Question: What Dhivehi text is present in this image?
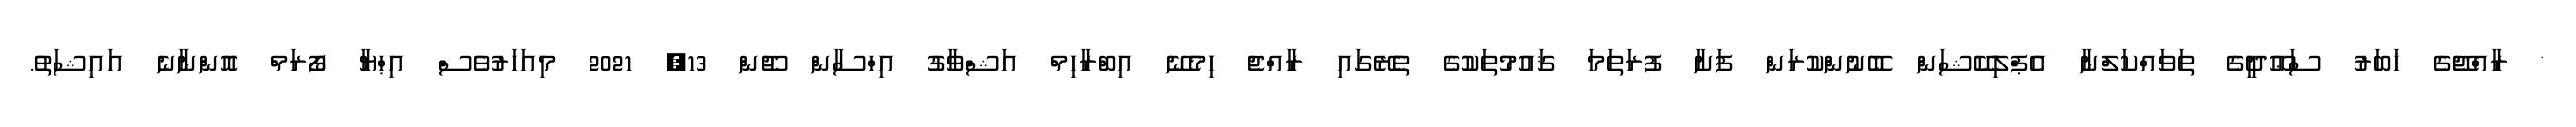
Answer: * ރާއްޖޭގެ ޚަބަރު ސަޢޫދީގެ ތަވައްކަލްނާ އެޕްލިކޭޝަން ބޭނުންކުރަން ފަށާ ފުރަތަމަ ޤައުމުތަކުގެ ތެރޭގައި ރާއްޖެ ހިމެނޭ އިބްރާހިމް އަޝްވާގު އިހްސާން ޖޫން 13, 2021 މިއަހަރުވެސް އިޙްޔާ ފޯރަމް އޮންނާނެ އައިޝަތު.